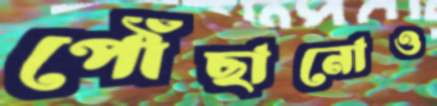
পৌঁছানোও